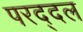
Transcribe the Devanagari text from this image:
परद्दल